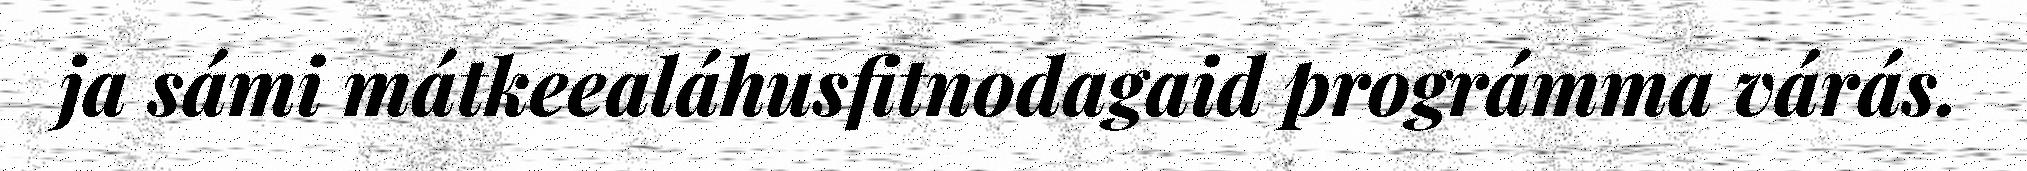
ja sámi mátkeealáhusfitnodagaid prográmma várás.